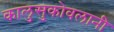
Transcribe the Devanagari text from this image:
कालुसुकोवलानी